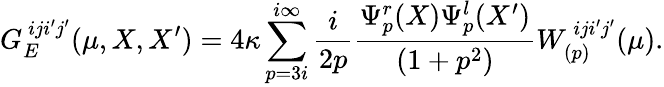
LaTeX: G_{E}^{\ iji^{\prime}j^{\prime}}(\mu,X,X^{\prime})=4\kappa\sum_{p=3i}^{i\infty}\frac{i}{2p}\frac{\Psi_{p}^{r}(X)\Psi_{p}^{l}(X^{\prime})}{(1+p^{2})}W_{(p)}^{\ iji^{\prime}j^{\prime}}(\mu).